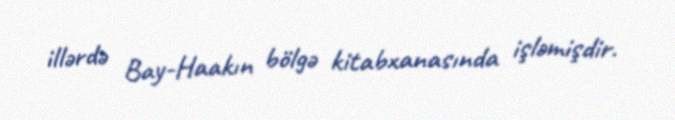
illərdə Bay-Haakın bölgə kitabxanasında işləmişdir.